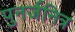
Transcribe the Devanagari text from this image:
पुनर्जनित्र